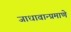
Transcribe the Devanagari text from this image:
जाधावान्प्रमाणे